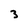
Character: 3